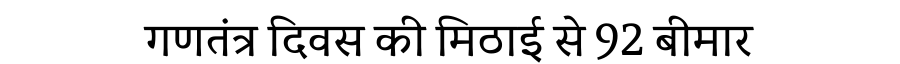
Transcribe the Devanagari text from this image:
गणतंत्र दिवस की मिठाई से 92 बीमार